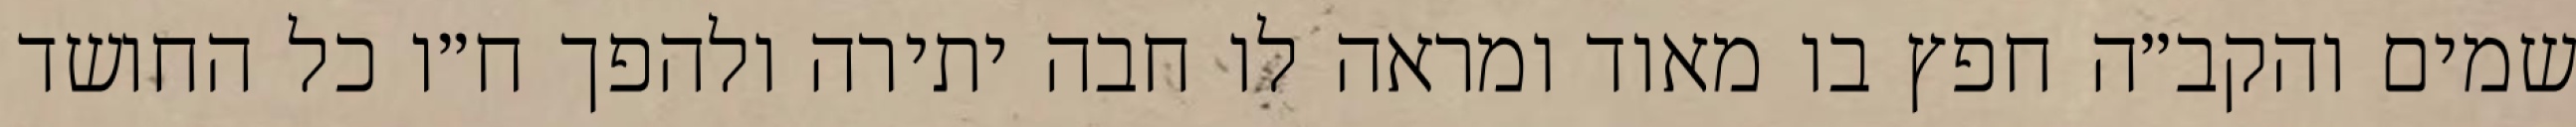
שמים והקב״ה חפץ בו מאוד ומראה לו חבה יתירה ולהפך ח״ו כל החושד